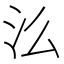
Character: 𭯷